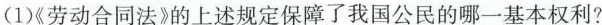
(1)《劳动合同法》的上述规定保障了我国公民的哪一基本权利?